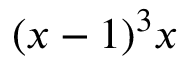
( x - 1 ) ^ { 3 } x